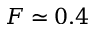
F \simeq 0 . 4